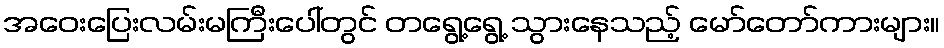
အဝေးပြေးလမ်းမကြီးပေါ်တွင် တရွေ့ရွေ့ သွားနေသည့် မော်တော်ကားများ။